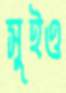
সুইও